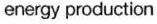
energy production